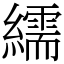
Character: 繻